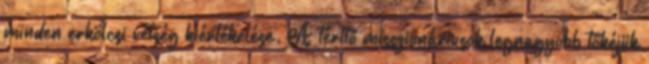
minden erkölcsi vétség kiértékelése. A térítő misszionáriusok legnagyobb tőkéjük